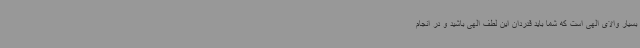
بسیار والای الهی است که شما باید قدردان این لطف الهی باشید و در انجام